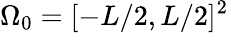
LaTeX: \Omega_{0}=[-L/2,L/2]^{2}